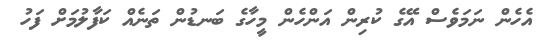
އެހެން ނަމަވެސް އޭގެ ކުރިން އަންހެން މީހާގެ ބަނޑުން ތަނެއް ކަފާލުމަށް ފަހު